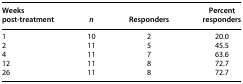
| Weeks post-treatment | n | Responders | Percent responders |
 | --- | --- | --- | --- |
 | 1 | 10 | 2 | 20.0 |
 | 2 | 11 | 5 | 45.5 |
 | 4 | 11 | 7 | 63.6 |
 | 12 | 11 | 8 | 72.7 |
 | 26 | 11 | 8 | 72.7 |